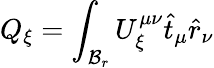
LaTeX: Q_{\xi}=\int_{{\cal{B}}_{r}}U_{\xi}^{\mu\nu}\hat{t}_{\mu}\hat{r}_{\nu}